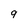
Character: 9